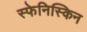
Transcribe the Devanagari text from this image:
स्फेनिस्किन